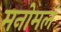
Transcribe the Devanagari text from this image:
मनोमलं